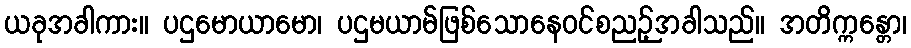
ယခုအခါကား။ ပဌမောယာမော၊ ပဌမယာမ်ဖြစ်သောနေဝင်စညဉ့်အခါသည်။ အတိက္ကန္တော၊